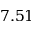
7 . 5 1